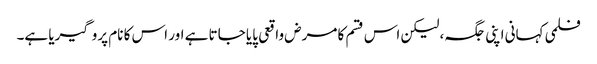
فلمی کہانی اپنی جگہ، لیکن اس قسم کا مرض واقعی پایا جاتا ہے اور اس کا نام پروگیریا ہے۔